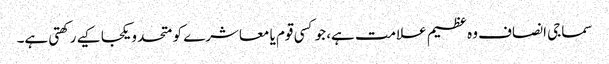
سماجی انصاف وہ عظیم علامت ہے، جو کسی قوم یا معاشرے کو متحد و یکجا کیے رکھتی ہے۔